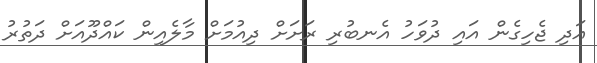
އަދި ޖެހިގެން އައި ދުވަހު އެނބުރި ރަށަށް ދިއުމަށް މާލެއިން ކައްދޫއަށް ދަތުރު